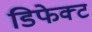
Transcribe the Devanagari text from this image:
डिफेक्‍ट